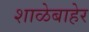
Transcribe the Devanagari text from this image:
शाळेबाहेर